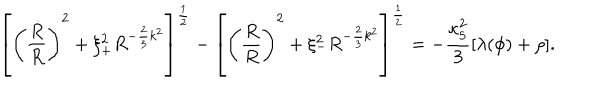
\left[ \left( { \frac { \dot { R } } { R } } \right) ^ { 2 } + \xi _ { + } ^ { 2 } R ^ { - { \frac { 2 } { 3 } } k ^ { 2 } } \right] ^ { \frac { 1 } { 2 } } - \left[ \left( { \frac { \dot { R } } { R } } \right) ^ { 2 } + \xi _ { - } ^ { 2 } R ^ { - { \frac { 2 } { 3 } } k ^ { 2 } } \right] ^ { \frac { 1 } { 2 } } = - { \frac { \kappa _ { 5 } ^ { 2 } } { 3 } } [ \lambda ( \phi ) + \rho ] .